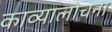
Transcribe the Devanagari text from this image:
काव्यालोचना